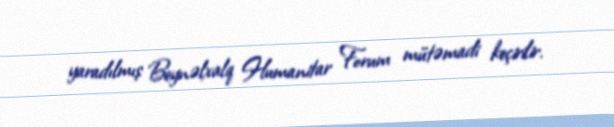
yaradılmış Beynəlxalq Humanitar Forum mütəmadi keçirilir.